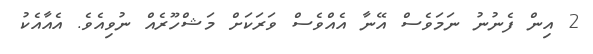
2 އިން ފެނުނު ނަމަވެސް އޭނާ އެއްވެސް ވަރަަކަށް މަޝްހޫރެއް ނުވިއެވެ. އެއާއެކު